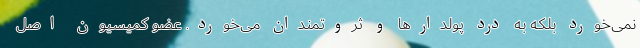
نمی‌خورد بلکه به درد پولدارها و ثروتمندان می‌خورد. عضو کمیسیون اصل